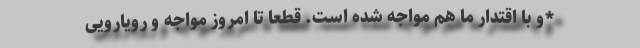
*و با اقتدار ما هم مواجه شده است. قطعاً تا امروز مواجه و رویارویی